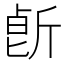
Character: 𣂢